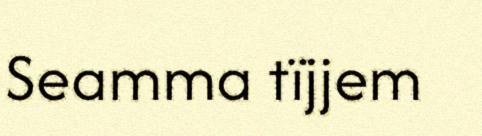
Seamma tïjjem